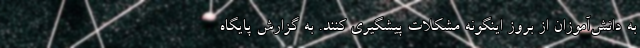
به دانش‌آموزان از بروز اینگونه مشکلات پیشگیری کنند. به گزارش پایگاه